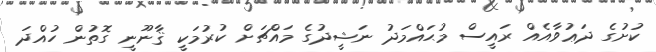
ކުށުގެ ދަޢުވާއެއް ރައީސް މުޙައްމަދު ނަޝީދުގެ މައްޗަށް ކުރުމަކީ ޤާނޫނީ ގޮތުން ހުއްދަ